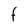
Character: F